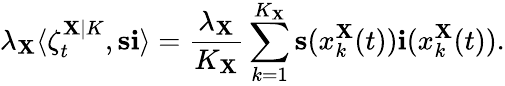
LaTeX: \lambda_{\mathbf{X}}\langle\zeta_{t}^{\mathbf{X}|K},\mathbf{{s}}\mathbf{{i}}\rangle=\frac{{\lambda_{\mathbf{X}}}}{{K_{\mathbf{X}}}}\sum_{k=1}^{K_{\mathbf{X}}}\mathbf{{s}}(x_{k}^{\mathbf{X}}(t))\mathbf{{i}}(x_{k}^{\mathbf{X}}(t)).